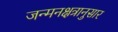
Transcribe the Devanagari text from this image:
जन्मनक्षत्रानुसार